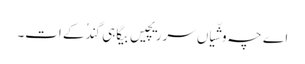
اے چہ وشّیاں سرریچیں بیگاہی گِندُکے اَت۔